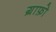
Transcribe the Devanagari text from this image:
ग्राफ़ो